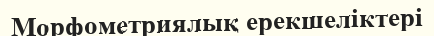
Морфометриялық ерекшеліктері